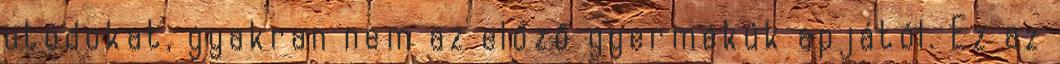
utódokat, gyakran nem az előző gyermekük apjától. Ez az